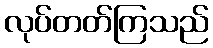
လုပ်တတ်ကြသည်